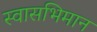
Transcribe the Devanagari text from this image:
स्वासभिमान